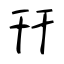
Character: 幵